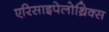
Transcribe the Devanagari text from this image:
एरिसाइपेलोथ्रिक्स